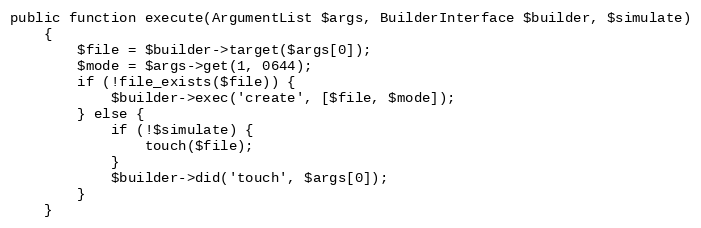
Language: PHP
public function execute(ArgumentList $args, BuilderInterface $builder, $simulate)
    {
        $file = $builder->target($args[0]);
        $mode = $args->get(1, 0644);
        if (!file_exists($file)) {
            $builder->exec('create', [$file, $mode]);
        } else {
            if (!$simulate) {
                touch($file);
            }
            $builder->did('touch', $args[0]);
        }
    }